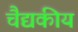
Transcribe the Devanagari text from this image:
चैद्यकीय